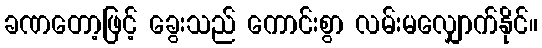
ခဏတော့ဖြင့် ခွေးသည် ကောင်းစွာ လမ်းမလျှောက်နိုင်။